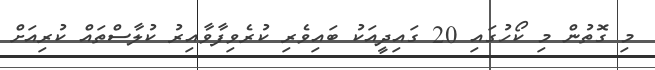
މި ގޮތުން މި ކޯހުގައި 20 ގައިދީއަކު ބައިވެރި ކުރެވިފާވާއިރު ކުލާސްތައް ކުރިއަށް